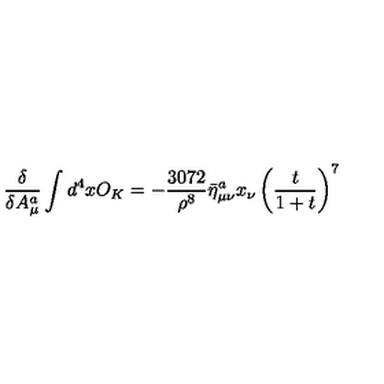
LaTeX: \frac { \delta } { \delta A _ { \mu } ^ { a } } \int d ^ { 4 } x O _ { K } = - \frac { 3 0 7 2 } { \rho ^ { 8 } } \bar { \eta } _ { \mu \nu } ^ { a } x _ { \nu } \left( \frac { t } { 1 + t } \right) ^ { 7 }